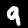
Digit: 9